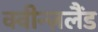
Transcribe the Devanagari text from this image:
क्वीन्ज़लैंड